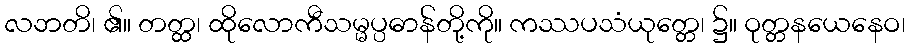
လဘတိ၊ ၏။ တတ္ထ၊ ထိုလောကီသမ္မပ္ပဓာန်တို့ကို။ ကဿပသံယုတ္တေ၊ ၌။ ဝုတ္တနယေနေဝ၊